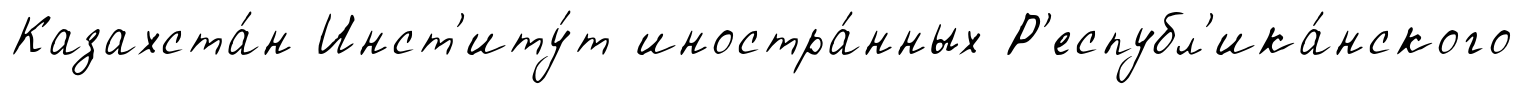
Казахста́н Инст'иту́т иностра́нных Р'еспубл'ика́нского